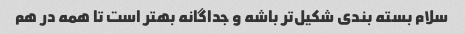
سلام بسته بندی شکیل‌تر باشه و جداگانه بهتر است تا همه در هم